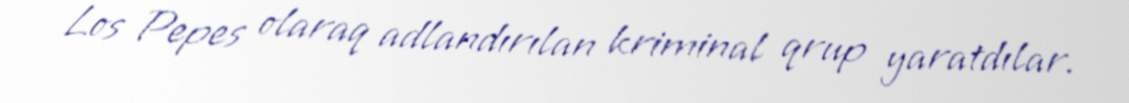
Los Pepes olaraq adlandırılan kriminal qrup yaratdılar.